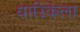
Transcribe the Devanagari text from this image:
धारिकेला